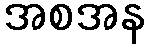
အစအန